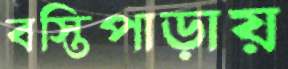
বস্তিপাড়ায়